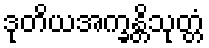
ဒုတိယအက္ခန္တိသုတ္တံ